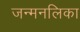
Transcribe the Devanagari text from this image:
जन्मनलिका